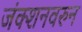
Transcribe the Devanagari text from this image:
जंक्शनवरुन